Lunatic asylums Burma 1907-21 - 1907-1921
Year: 1907
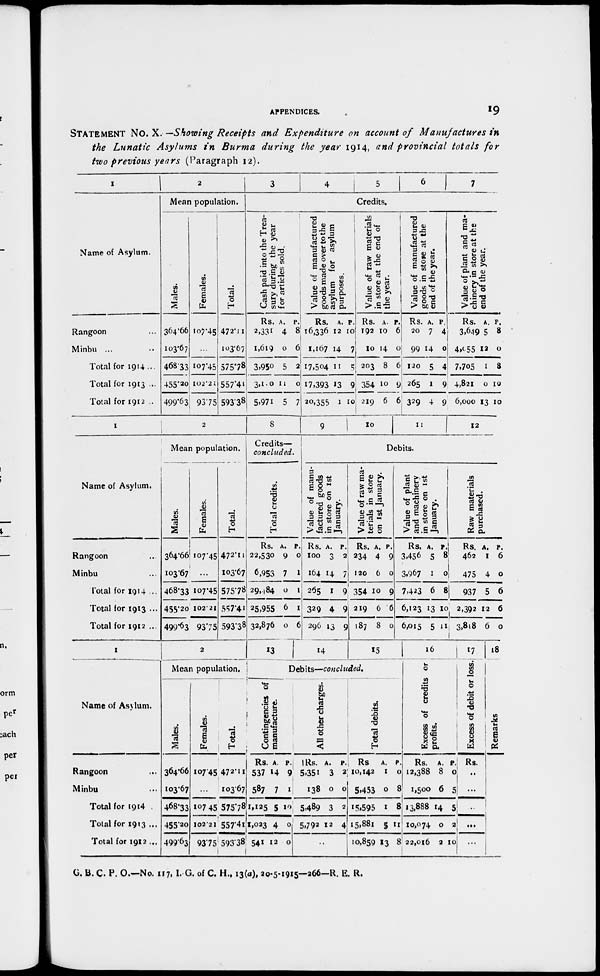
APPENDICES.
19
STATEMENT No. X. —Showing Receipts and Expenditure on account of Manufactures in
the Lunatic Asylums in Burma during the year 1914, and provincial totals for
two previous years (Paragraph 12).
1
Name of Asylum.
Rangoon ...
Minbu ... ...
Total for 1914 ...
Total for 1913 ...
Total for 1912 ...
2
Mean population.
Males.
364.66
103.67
468.33
455.20
499.63
Females.
107.45
...
107.45
102.21
93.75
Total.
472.11
103.67
575.78
557.41
593.38
3
4
5
6
7
Credits.
Cash paid into the Trea-
sury during the year
for articles sold.
Rs.
2,331
1,619
3,950
3,110
5,971
A.
4
0
5
11
5
P.
8
6
2
0
7
Value of manufactured
goods made over to the
asylum for asylum
purposes.
Rs.
16,336
1,167
17,504
17,393
20,355
A.
12
14
11
13
1
P.
10
7
5
9
10
Value of raw materials
in store at the end of
the year.
Rs.
192
10
203
354
219
A.
10
14
8
10
6
P.
6
0
6
9
6
Value of manufactured
goods in store at the
end of the year.
Rs.
20
99
120
265
329
A.
7
14
5
1
4
P.
4
0
4
9
9
Value of plant and ma-
chinery in store at the
end of the year.
Rs.
3,649
4,055
7,705
4,821
6,000
A.
5
12
1
0
13
P.
8
0
8
10
10
1
Name of Asylum.
Rangoon ...
Minbu ...
Total for 1914 ...
Total for 1913 ...
Total for 1912 ...
2
Mean population.
Males.
364.66
103.67
468.33
455.20
499.63
Females.
107.45
...
107.45
102.21
93.75
Total.
472.11
103.67
575.78
557.41
593.38
8
Credits—
concluded.
Total credits.
Rs.
22,530
6,953
29,484
25,955
32,876
A.
9
7
0
6
0
P.
0
1
1
1
6
9
10
11
12
Debits.
Value of manu-
factured goods
in store on 1st
January.
Rs.
100
164
265
329
296
A.
3
14
1
4
13
P.
2
7
9
9
9
Value of raw ma-
terials in store
on 1st January.
Rs.
234
120
354
219
187
A.
4
6
10
6
8
P.
9
0
9
6
0
Value of plant
and machinery
in store on 1st
January.
Rs.
3,456
3,967
7,423
6,123
6,015
A.
5
1
6
13
5
P.
8
0
8
10
11
Raw materials
purchased.
Rs.
462
475
937
2,392
3,818
A.
1
4
5
12
6
P.
6
0
6
6
0
1
Name of Asylum.
Rangoon ...
Minbu ...
Total for 1914
Total for 1913 ...
Total for 1912 ...
2
Mean population.
Males.
364.66
103.67
468.33
455.20
499.63
Females.
107.45
...
107.45
102.21
93.75
Total.
472.11
103.67
575.78
557.41
593.38
13
14 15
Debits—concluded.
Contingencies of
manufacture.
Rs.
537
587
1,125
1,023
541
A.
14
7
5
4
12
P.
9
1
10
0
0
All other charges.
Rs.
5,351
138
5,489
5,792
A.
3
0
3
12
P.
2
0
2
4
...
Total debits.
Rs.
10,142
5,453
15,595
15,881
10,859
A.
1
0
1
5
13
P.
0
8
8
11
8
16
Excess of credits or
profits.
Rs.
12,388
1,500
13,888
10,074
22,016
A.
8
6
14
0
2
P.
0
5
5
2
10
17
Excess of debit or loss.
Rs.
...
...
...
...
...
18
Remarks.
G. B. C. P. O.—No. 117, I. G. of C. H., 13(a), 20-5-1915—266—R. E. R.